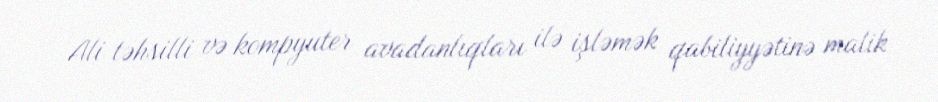
Ali təhsilli və kompyuter avadanlıqları ilə işləmək qabiliyyətinə malik